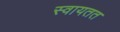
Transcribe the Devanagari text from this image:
स्वायतत